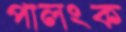
পালংক